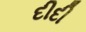
દીદી